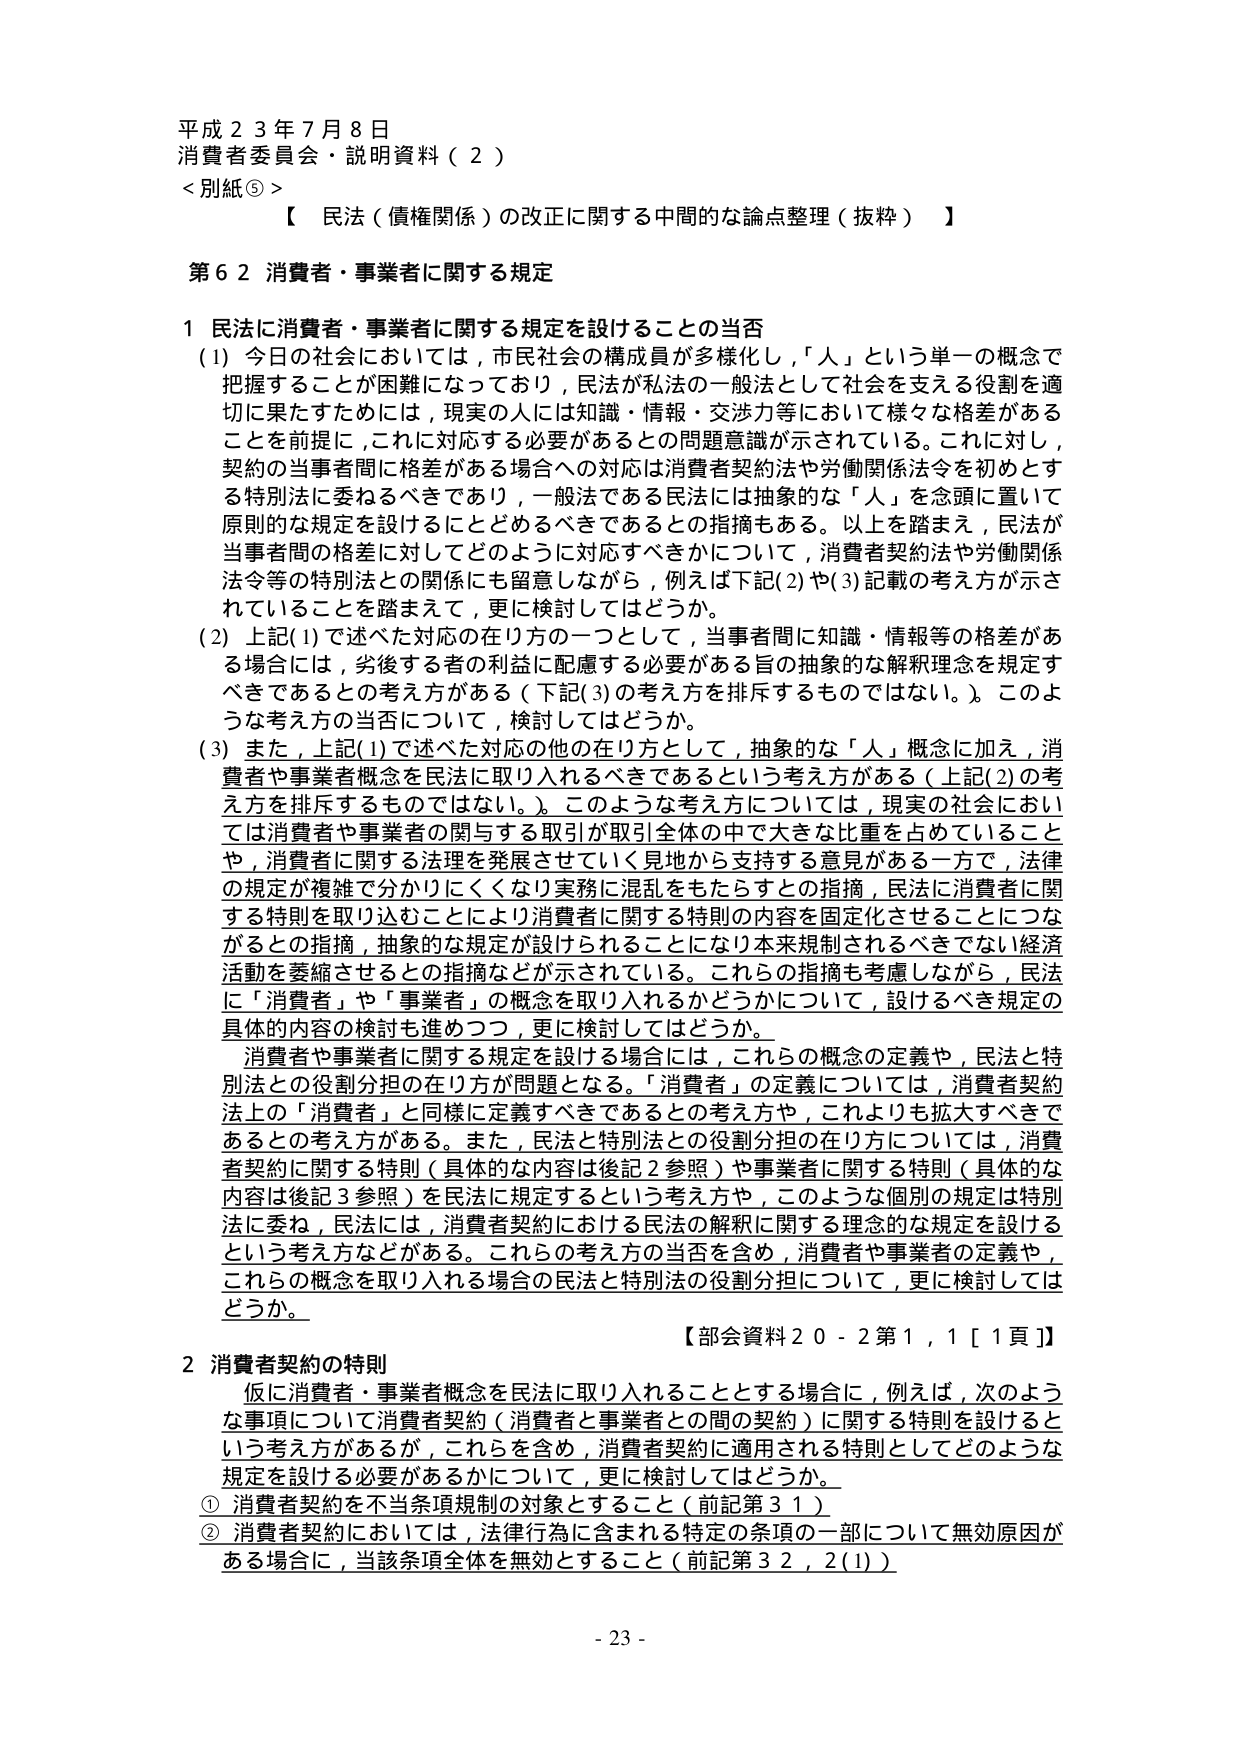
平成２３年７月８日
消費者委員会・説明資料（２）
＜別紙⑤＞【 民法（債権関係）の改正に関する中間的な論点整理（抜粋） 】

第６２ 消費者・事業者に関する規定

１ 民法に消費者・事業者に関する規定を設けることの当否
（1）今日の社会においては，市民社会の構成員が多様化し，「人」という単一の概念で把握することが困難になっており，民法が私法の一般法として社会を支える役割を適切に果たすためには，現実の人に知識・情報・交渉力等において様々な格差があることを前提に，これに対応する必要があるとの問題意識が示されている。これに対し，契約の当事者間に格差がある場合への対応は消費者契約法や労働関係法令を初めとする特別法に委ねるべきであり，一般法である民法には抽象的な「人」を念頭に置いて原則的な規定を設けるにとどめるべきであるとの指摘もある。以上を踏まえ，民法が当事者間の格差に対してどのように対応すべきかについて，消費者契約法や労働関係法令等の特別法との関係にも留意しながら，例えば下記(2)や(3)記載の考え方が示されていることを踏まえて，更に検討してはどうか。
（2）上記(1)で述べた対応の在り方の一つとして，当事者間に知識・情報等の格差がある場合には，劣後する者の利益に配慮する必要がある旨の抽象的な解釈理念を規定すべきであるとの考え方がある（下記(3)の考え方を排斥するものではない。）。このような考え方の当否について，検討してはどうか。
（3）また，上記(1)で述べた対応の他の在り方として，抽象的な「人」概念に加え，消費者や事業者概念を民法に取り入れるべきであるという考え方がある（上記(2)の考え方を排斥するものではない。）。このような考え方については，現実の社会においては消費者や事業者の関与する取引が取引全体の中で大きな比重を占めていることや，消費者に関する法理を発展させていく見地から支持する意見がある一方で，法律の規定が複雑で分かりにくくなり実務に混乱をもたらすとの指摘，民法に消費者に関する特別を取り込むことにより消費者に関する特別の内容を固定化させることにつながるとの指摘，抽象的な規定が設けられることになり本来規制されるべきでない経済活動を萎縮させるとの指摘などが示されている。これらの指摘も考慮しながら，民法に「消費者」や「事業者」の概念を取り入れるかどうかについて，設けるべき規定の具体的内容の検討も進めつつ，更に検討してはどうか。
　消費者や事業者に関する規定を設ける場合には，これらの概念の定義や，民法と特別法との役割分担の在り方が問題となる。「消費者」の定義については，消費者契約法上の「消費者」と同様に定義すべきであるとの考え方や，これよりも拡大すべきであるとの考え方がある。また，民法と特別法との役割分担の在り方については，消費者契約に関する特別（具体的な内容は後記２参照）や事業者に関する特別（具体的な内容は後記３参照）を民法に規定するという考え方や，このような個別の規定は特別法に委ね，民法には，消費者契約における民法の解釈に関する理念的な規定を設けるという考え方などがある。これらの考え方の当否を含め，消費者や事業者の定義や，これらの概念を取り入れる場合の民法と特別法の役割分担について，更に検討してはどうか。

【部会資料２０－２第１，１［１頁］】

２ 消費者契約の特則
　仮に消費者・事業者概念を民法に取り入れることとする場合に，例えば，次のような事項について消費者契約（消費者と事業者との間の契約）に関する特則を設けるという考え方があるが，これらを含め，消費者契約に適用される特則としてどのような規定を設ける必要があるかについて，更に検討してはどうか。
① 消費者契約を不当条項規制の対象とすること（前記第３１）
② 消費者契約においては，法律行為に含まれる特定の条項の一部について無効原因がある場合に，当該条項全体を無効とすること（前記第３２，２(1)）

- 23 -